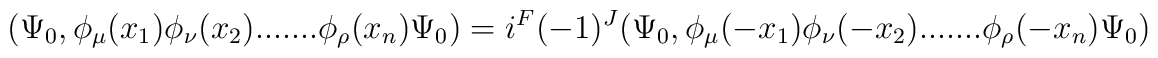
(\Psi_0, \phi_\mu(x_1)\phi_\nu(x_2).......\phi_\rho(x_n)\Psi_0)=i^F(-1)^J(\Psi_0,\phi_\mu(-x_1)\phi_\nu(-x_2).......\phi_\rho(-x_n)\Psi_0)